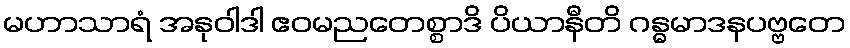
မဟာသာရံ အနုဝါဒါ ဧဝမညတေစ္စာဒိ ပိယာနီတိ ဂန္ဓမာဒနပဗ္ဗတေ